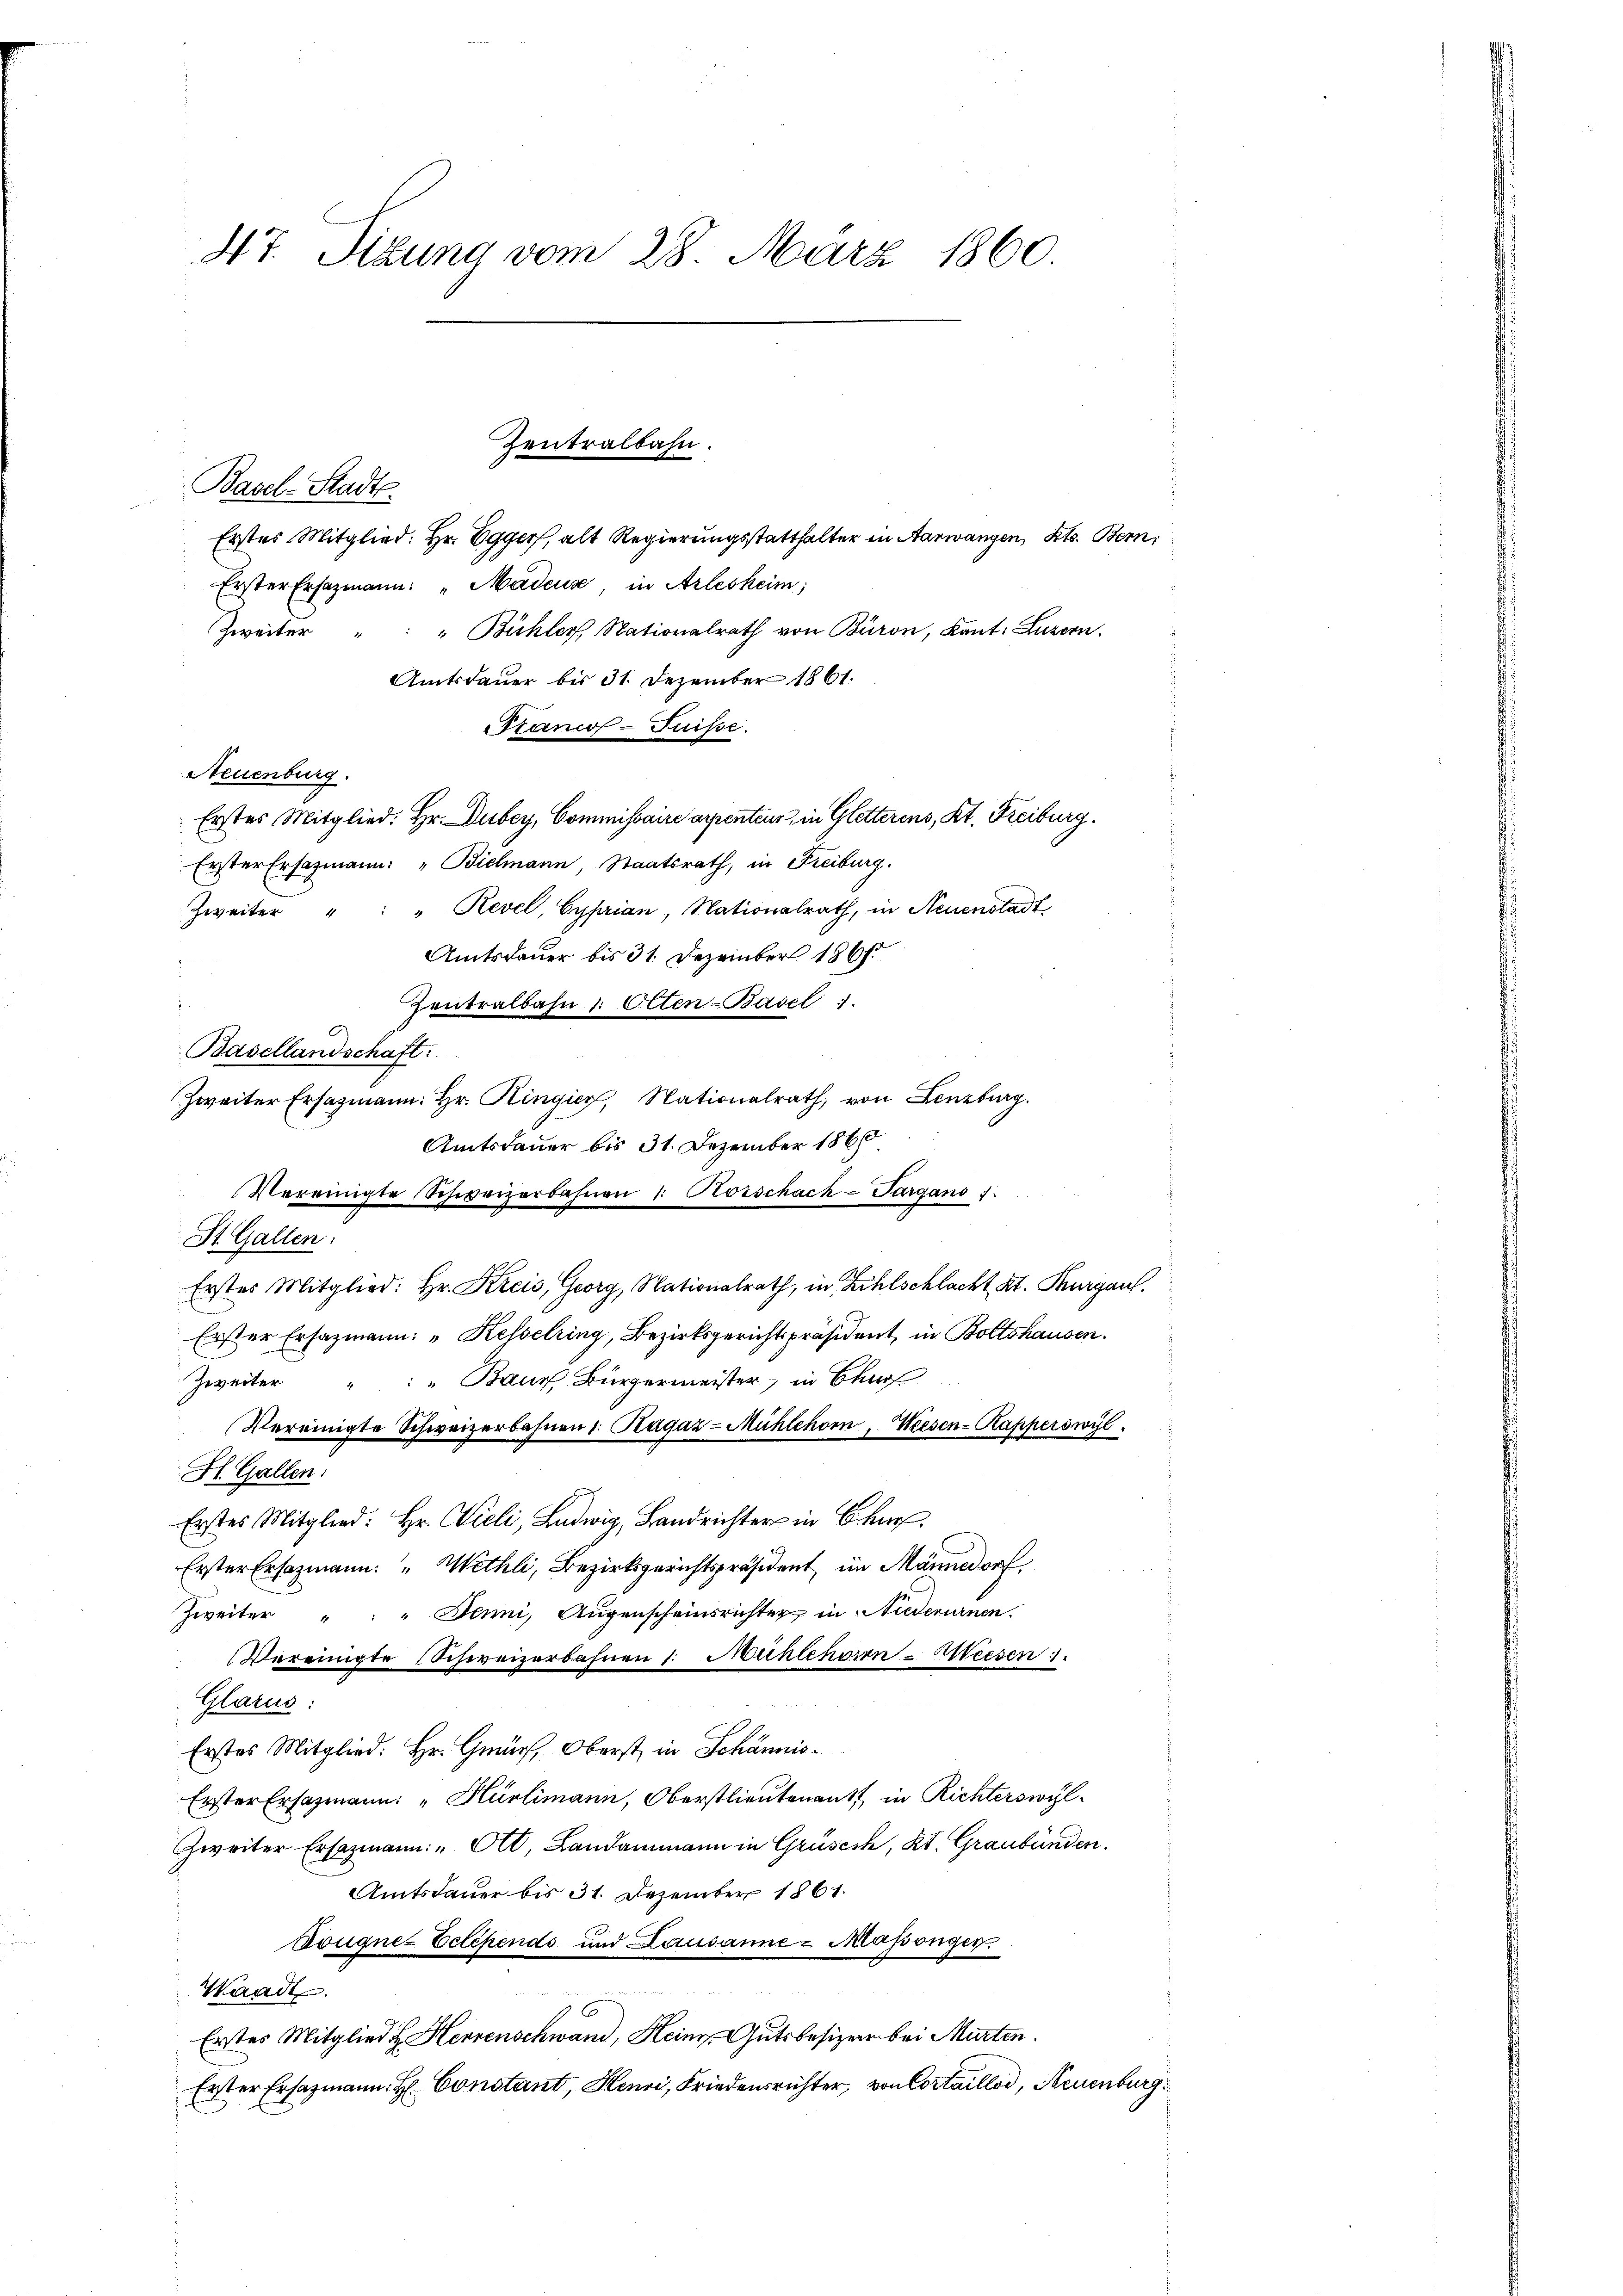
47. Sizung vom 28. März 1860.

Basel-Stadts
Erstes Mitglied: Hr. Egger, alt Regierungsstatthalter in Aarwangen, Kts. Bern,
Erster Ersatzmann: "Madeuse, in Arlesheim;
Zweiter " " " Bühlers, Nationalrath von Büron, Kant. Luzern.
Amtsdauer bis 31. Dezember 1861.
tranco- Puisse.
Neuenburg.
Erstes Mitglied. Hr. Dubey, Commissaire appenteur, in Gletterens, Kt. Freiburg.
Erster Ersatzmann: „Bielmann, Staatsrath, in Freiburg.
Zweiter " " Revel, Cyprian, Nationalrath, in Neuenstadt
Amtsdauer bis 31. Dezember 1861
gan
Zentralbahn 1: Otten-Basel 1
Basellandschaft:
Zweiter Ersatzmann. Hr. Ringier, Nationalrath, von Lenzburg.
Amtsdauer bis 31. Dezember 1866
Vereinigte Schweizerbahnen 1. Korschack-Pargans 1.
St. Gallen:
Erstes Mitglied: Hr. Kreis, Georg, Nationalrath, in Zihlschlacht Kt. Thurgau.
Erster Ersazmann: „Kesselring, Bezirksgerichtspräsident in Boltshausen.
" Baur, Bürgermeister, in Ba
Zweiter
Vereinigte Schweizerbahnen 1. Kagaz-Mühlehom, Weesen-Kapperswyl
H. Gallen:
Erstes Mitglied: Hr. Vieli, Ludwig, Landrichter in B
Erster Ersazmann. " Wethli, Bezirksgerichtspräsident, im Männedorf
Zweiter " " Janni, Augenscheinsrichter in Niederurnen.
Vereinigte Schweizerbahnen 1. Mühlehoren Weesen
Glarus:
Erstes Mitglied. Hr. Gmürs, Oberst in Schännis¬
Erster Ersatzmann: "Hürlimann, Oberstlieutenant, in Richterswyl
Zweiter Ersatzmann: "Ott, Landammann in Grüsesk, Kt. Graubünden.
Amtsdauer bis 31. Dezember 1861.
Dougnez Eclipends und Lausanne - Maßenger
Waadt
6
Erstes Mitglied H. Herrenschwand, Heinr. Gutsbesizer bei Murten.
Erster Ersatzmann H Constant, Henri, Friedensrichter, von Cortaillod, Neuenburg

Zentralbahn.